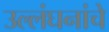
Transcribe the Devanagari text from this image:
उल्लंघनांचे